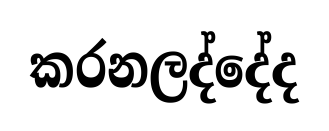
කරනලද්දේද